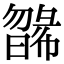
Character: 𣊸